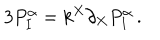
LaTeX: 3 P _ { I } ^ { \alpha } = k ^ { X } \partial _ { X } P _ { I } ^ { \alpha } \, .